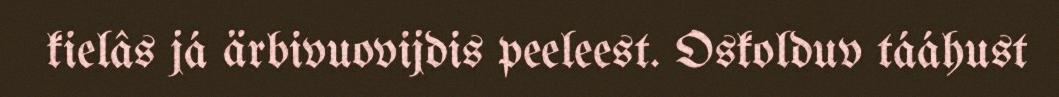
kielâs já ärbivuovijdis peeleest. Oskolduv tááhust